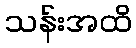
သန်းအထိ